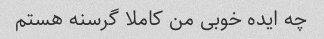
چه ایده خوبی من کاملا گرسنه هستم